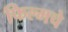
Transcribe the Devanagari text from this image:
फिल्मचे